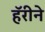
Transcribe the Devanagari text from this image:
हॅरीने